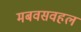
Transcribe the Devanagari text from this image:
मबवसवहल